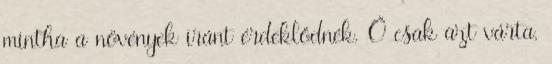
mintha a növények iránt érdeklődnék. Ő csak azt várta,